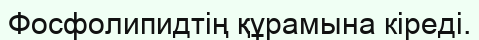
Фосфолипидтiң құрамына кiредi.